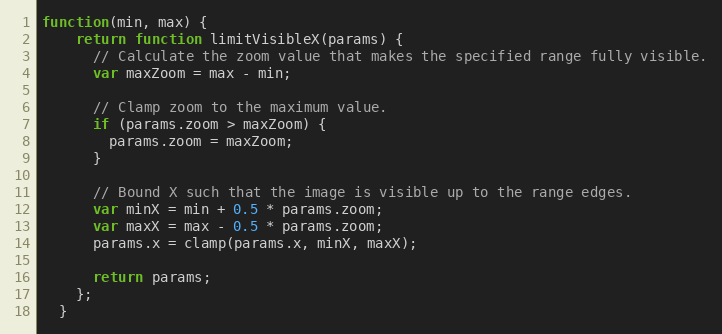
Language: JavaScript
function(min, max) {
    return function limitVisibleX(params) {
      // Calculate the zoom value that makes the specified range fully visible.
      var maxZoom = max - min;

      // Clamp zoom to the maximum value.
      if (params.zoom > maxZoom) {
        params.zoom = maxZoom;
      }

      // Bound X such that the image is visible up to the range edges.
      var minX = min + 0.5 * params.zoom;
      var maxX = max - 0.5 * params.zoom;
      params.x = clamp(params.x, minX, maxX);

      return params;
    };
  }